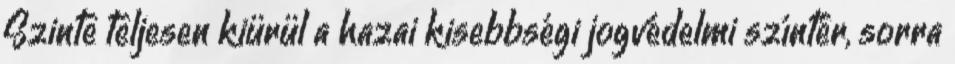
Szinte teljesen kiürül a hazai kisebbségi jogvédelmi színtér, sorra